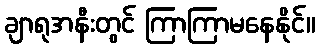
ချာရုအနီးတွင် ကြာကြာမနေနိုင်။